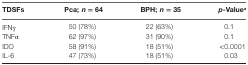
<table><thead><tr><td><b>TDSFs</b></td><td><b>Pca; <i>n</i> = 64</b></td><td><b>BPH; <i>n</i> = 35</b></td><td><b><i>p</i>-Value<sup>a</sup></b></td></tr></thead><tbody><tr><td>IFNγ</td><td>50 (78%)</td><td>22 (63%)</td><td>0.1</td></tr><tr><td>TNFα</td><td>62 (97%)</td><td>31 (90%)</td><td>0.1</td></tr><tr><td>IDO</td><td>58 (91%)</td><td>18 (51%)</td><td>&lt;0.0001</td></tr><tr><td>IL-6</td><td>47 (73%)</td><td>18 (51%)</td><td>0.03</td></tr></tbody></table>